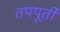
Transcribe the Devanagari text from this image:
तपपूर्ती